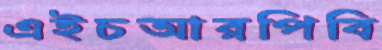
এইচআরপিবি